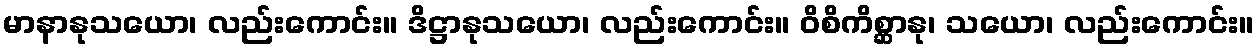
မာနာနုသယော၊ လည်းကောင်း။ ဒိဋ္ဌာနုသယော၊ လည်းကောင်း။ ဝိစိကိစ္ဆာနု၊ သယော၊ လည်းကောင်း။